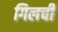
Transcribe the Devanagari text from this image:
गिलची